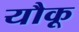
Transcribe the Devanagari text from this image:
यौकू